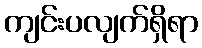
ကျင်းပလျက်ရှိရာ